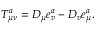
T _ { \mu \nu } ^ { a } = D _ { \mu } e _ { v } ^ { a } - D _ { v } e _ { \mu } ^ { a } .